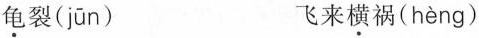
龟裂( jūn ) 飞来横祸( hèng )